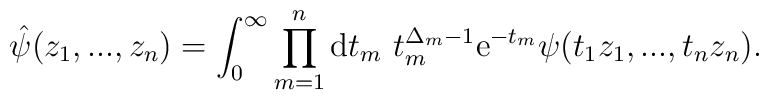
\hat{\psi}(z_1,...,z_n) = \int_{0}^{\infty}\prod_{m=1}^n {\rm d}t_m \ t_m^{\Delta_m - 1}{\rm e}^{-t_m}\psi(t_1 z_1 ,...,t_n z_n) .